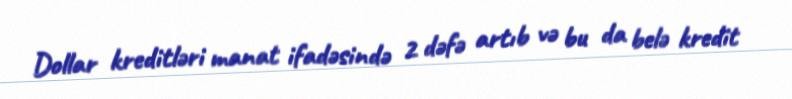
Dollar kreditləri manat ifadəsində 2 dəfə artıb və bu da belə kredit